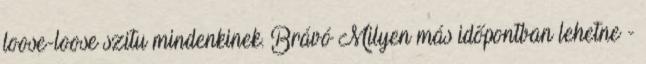
loose-loose szitu mindenkinek. Brávó Milyen más időpontban lehetne -